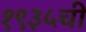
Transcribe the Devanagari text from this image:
१९३५ची